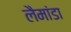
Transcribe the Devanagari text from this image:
लैमांडा